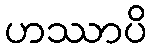
ဟဿာပိ